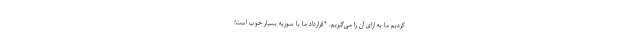
کردیم ما به ازای آن را می‌گیریم. *قرارداد ما با سوریه بسیار خوب است؛